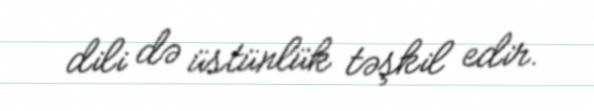
dili də üstünlük təşkil edir.